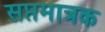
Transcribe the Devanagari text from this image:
सप्तमात्रक